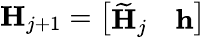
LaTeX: \mathbf{H}_{j+1}=\left[\begin{array}{ll}{\widetilde{\mathbf{H}}_{j}}&{\mathbf{h}}\end{array}\right]